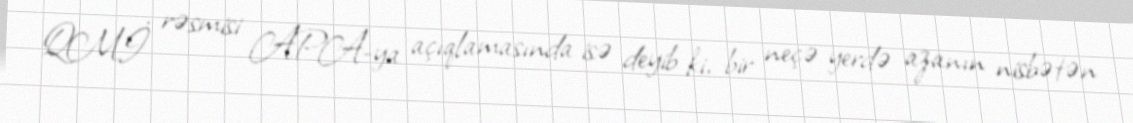
QMİ rəsmisi APA-ya açıqlamasında isə deyib ki, bir neçə yerdə azanın nisbətən